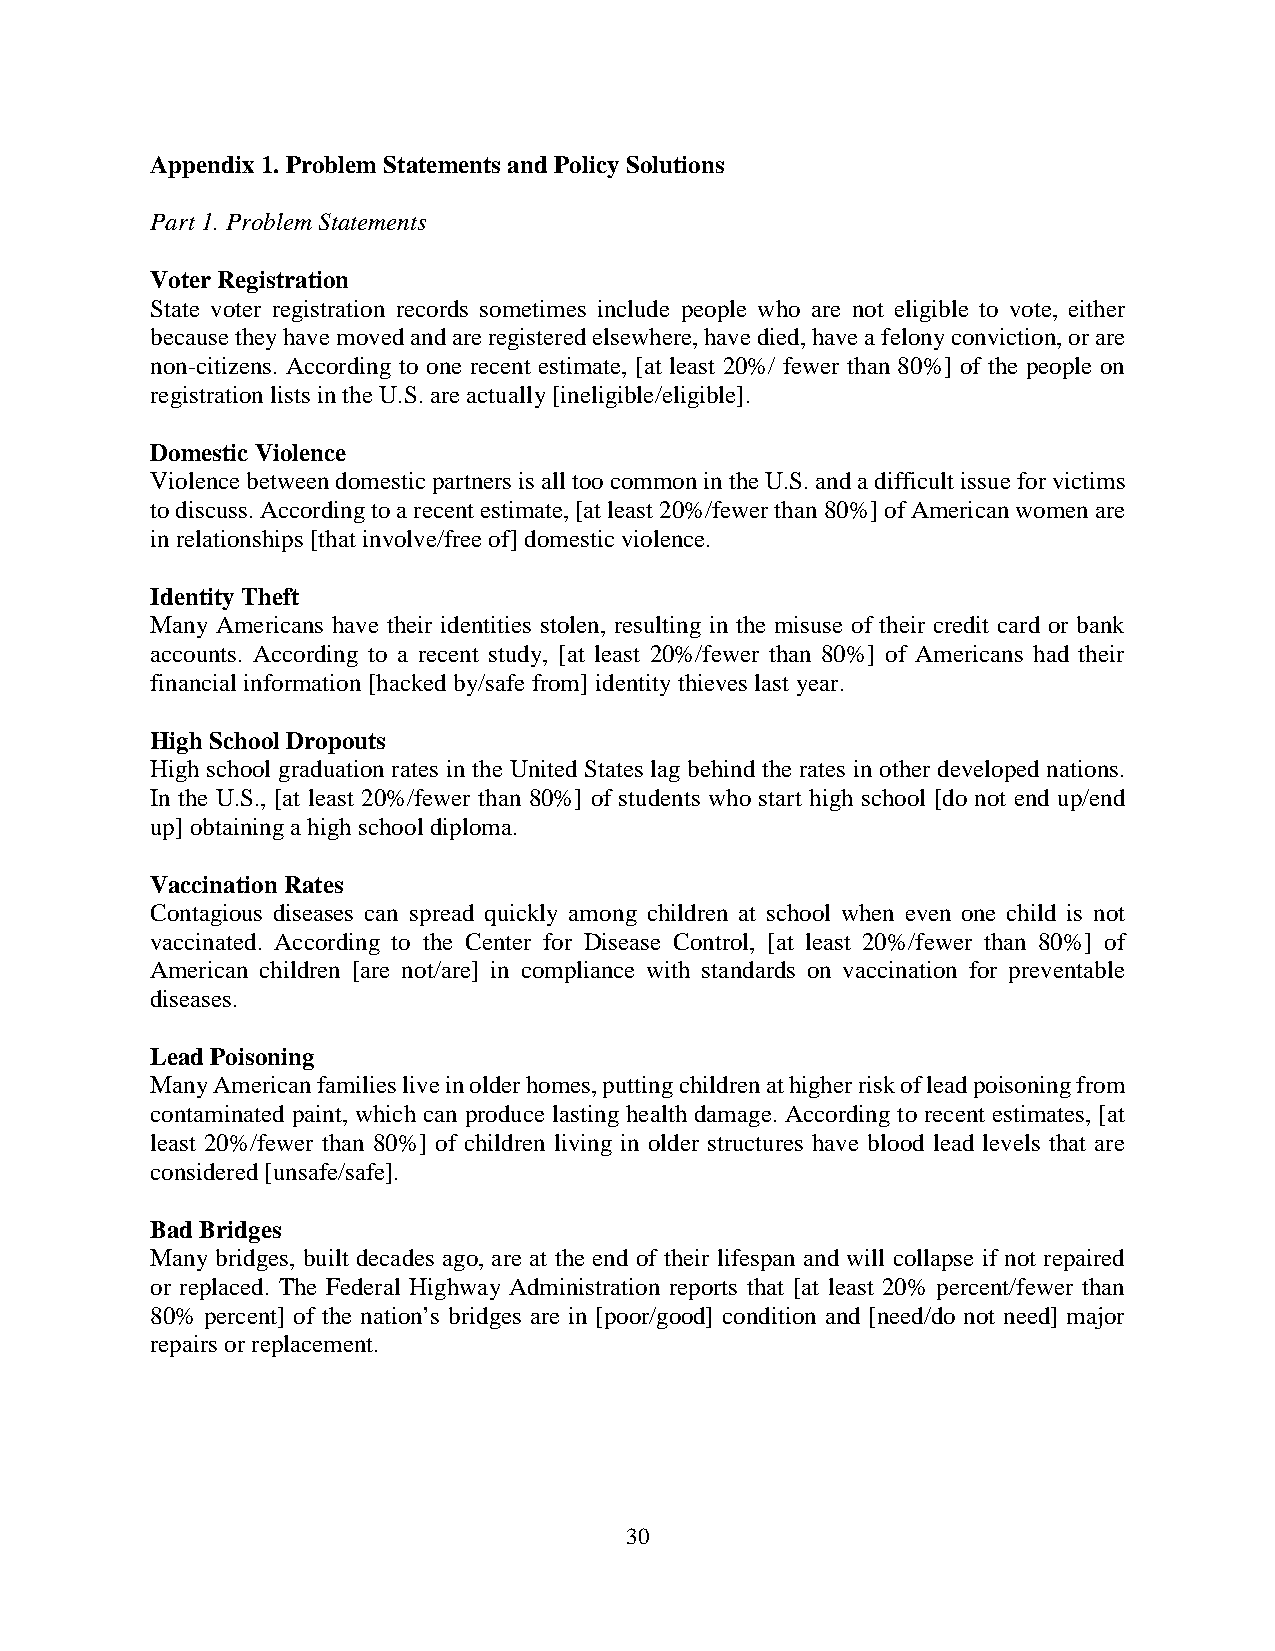
Appendix 1. Problem Statements and Policy Solutions
 Part 1. Problem Statements
 Voter Registration
 State voter registration records sometimes include people who are not eligible to vote, either
 because they have moved and are registered elsewhere, have died, have a felony conviction, or are
 non-citizens. According to one recent estimate, [at least 20%/ fewer than 80%] of the people on
 registration lists in the U.S. are actually [ineligible/eligible].
 Domestic Violence
 Violence between domestic partners is all too common in the U.S. and a difficult issue for victims
 to discuss. According to a recent estimate, [at least 20%/fewer than 80%] of American women are
 in relationships [that involve/free of] domestic violence.
 Identity Theft
 Many Americans have their identities stolen, resulting in the misuse of their credit card or bank
 accounts. According to a recent study, [at least 20%/fewer than 80%] of Americans had their
 financial information [hacked by/safe from] identity thieves last year.
 High School Dropouts
 High school graduation rates in the United States lag behind the rates in other developed nations.
 In the U.S., [at least 20%/fewer than 80%] of students who start high school [do not end up/end
 up] obtaining a high school diploma.
 Vaccination Rates
 Contagious diseases can spread quickly among children at school when even one child is not
 vaccinated. According to the Center for Disease Control, [at least 20%/fewer than 80%] of
 American children [are not/are] in compliance with standards on vaccination for preventable
 diseases.
 Lead Poisoning
 Many American families live in older homes, putting children at higher risk of lead poisoning from
 contaminated paint, which can produce lasting health damage. According to recent estimates, [at
 least 20%/fewer than 80%] of children living in older structures have blood lead levels that are
 considered [unsafe/safe].
 Bad Bridges
 Many bridges, built decades ago, are at the end of their lifespan and will collapse if not repaired
 or replaced. The Federal Highway Administration reports that [at least 20% percent/fewer than
 80% percent] of the nation’s bridges are in [poor/good] condition and [need/do not need] major
 repairs or replacement.
 30